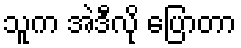
သူက အဲဒီလို ပြောတာ